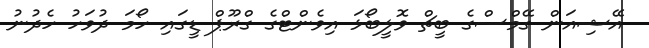
އޭޝިއަން ގޭމްސްގެ ބީޗް ވޮލީބޯޅަ އިވެންޓްގެ ގްރޫޕް ޑީގައި ހޯމަ ދުވަހު ހެދުނު